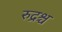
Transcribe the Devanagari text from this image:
रुद्रश्च